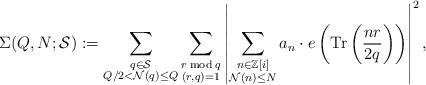
LaTeX: \begin{align*} \Sigma(Q,N;\mathcal{S}):=\sum\limits_{\substack{q\in \mathcal{S}\\ Q/2<\mathcal{N}(q)\le Q}} \sum\limits_{\substack{r \bmod{q}\\ (r,q)=1}} \left| \sum\limits_{\substack{n\in \mathbb{Z}[i]\\ \mathcal{N}(n)\le N}}a_{n}\cdot e\left(\mbox{Tr}\left(\frac{nr}{2q}\right)\right)\right|^2,\end{align*}